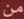
من